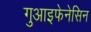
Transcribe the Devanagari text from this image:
गुआइफेनेसिन